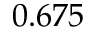
0 . 6 7 5